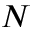
N